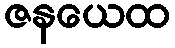
ဇနယေထ